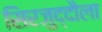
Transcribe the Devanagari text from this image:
सिरजुद्दौला